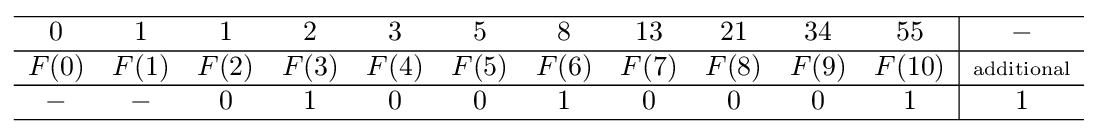
{\begin{array}{ccccccccccc|c}\hline 0&1&1&2&3&5&8&13&21&34&55&-\\\hline F(0)&F(1)&F(2)&F(3)&F(4)&F(5)&F(6)&F(7)&F(8)&F(9)&F(10)&\scriptstyle {\text{additional}}\\\hline -&-&0&1&0&0&1&0&0&0&1&1\\\hline \end{array}}